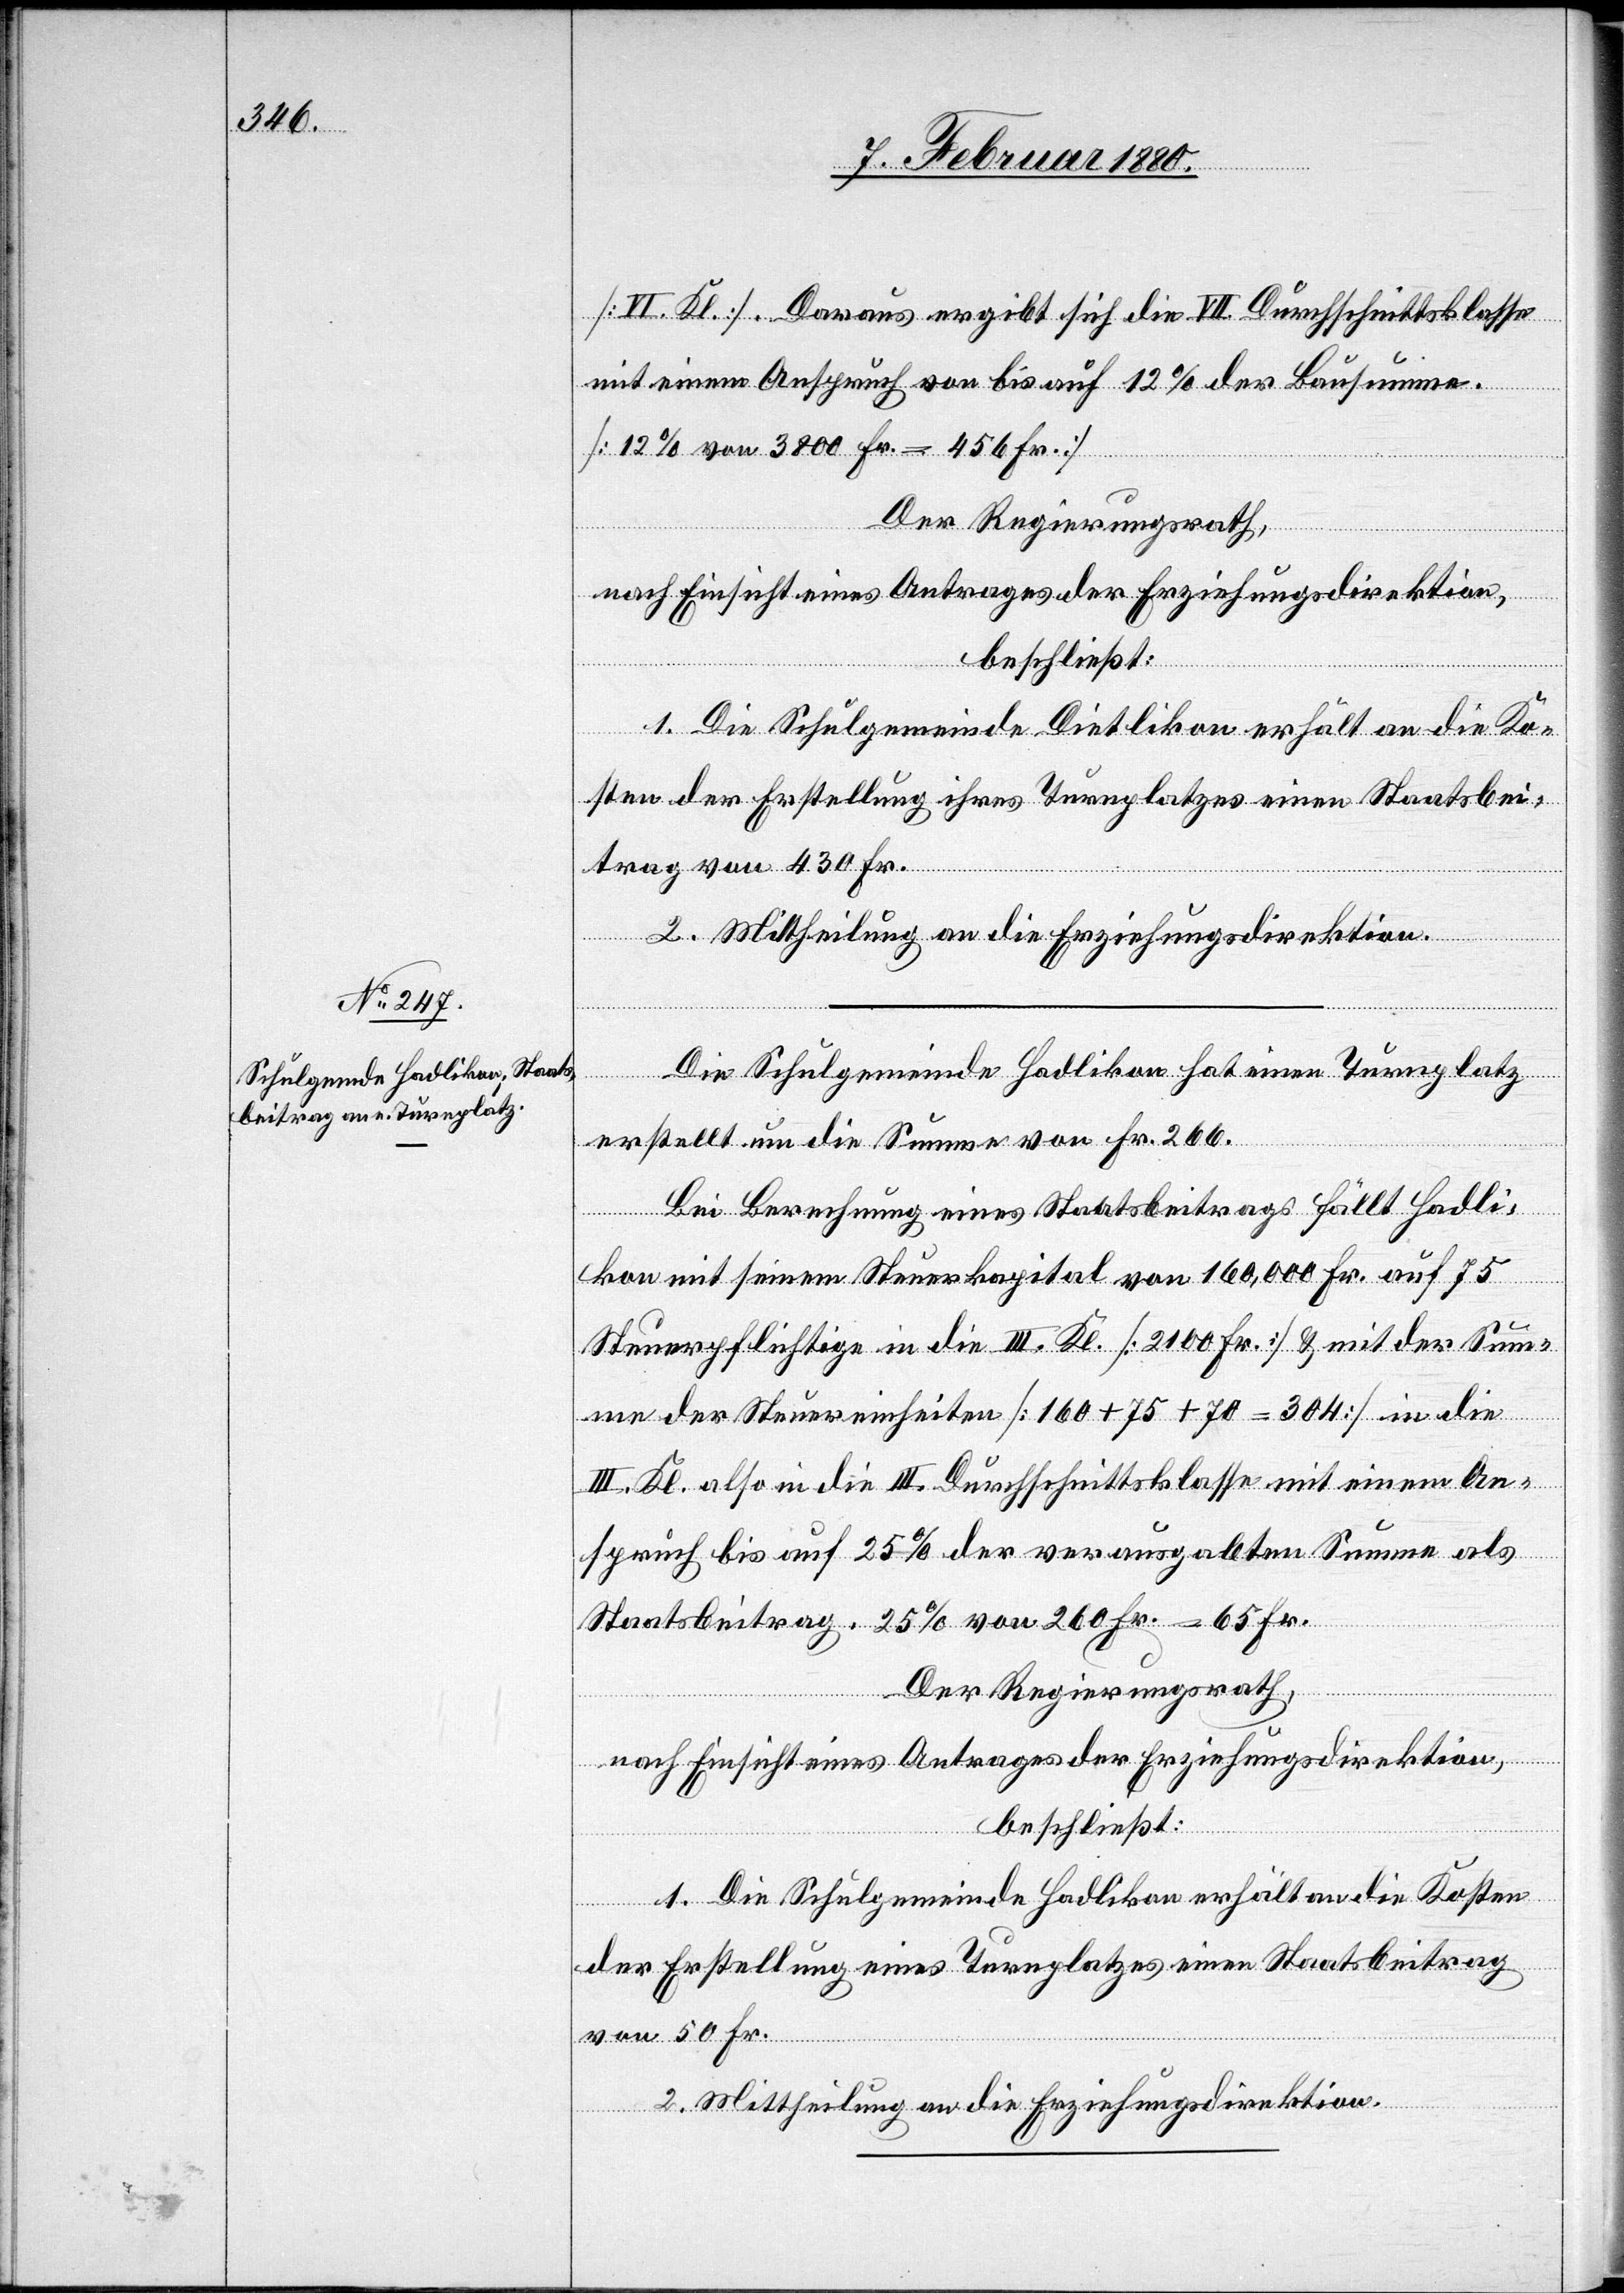
[VI. Kl.] Daraus ergibt sich die VII Durchschnittsklasse
mit einem Anspruch von bis 12% der Bausumme.
[12% von 3800 Fr. = 456 Fr.]
Der Regierungsrath,
nach Einsicht eines Antrages der Erziehungsdirektion,
beschließt:
1. Die Schulgemeinde Dietlikon erhält an die Ko¬
sten der Erstellung ihres Turnplatzes einen Staatsbei¬
trag von 430 Fr.
2. Mittheilung an die Erziehungsdirektion.
Die Schulgemeinde Hadlikon hat einen Turnplatz
erstellt um die Summe von Fr. 266.
Bei Berechnung eines Staatsbeitrages fällt Hadli¬
kon mit seinem Steuerkapital von 160 000 auf 75
Steuerpflichtige in die III. Kl. [2100 Fr.] & mit der Sum¬
me der Steuereinheiten [160 + 75 70 = 304] in die
III. Kl. also in die III. Durchschnittsklasse mit einem An¬
spruch bis auf 25% der verausgabten Summe als
Staatsbeitrag. 25% von 260 Fr. = 65 Fr.
Der Regierungsrath,
nach Einsicht eines Antrages der Erziehungsdirektion,
beschließt:
1. Die Schulgemeinde Hadlikon erhält an die Kosten
der Erstellung eines Turnplatzes einen Staatsbeitrag
von 50 Fr.
2. Mittheilung an die Erziehungsdirektion.